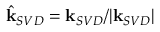
\hat { \mathbf { k } } _ { S V D } = \mathbf { k } _ { S V D } / | \mathbf { k } _ { S V D } |